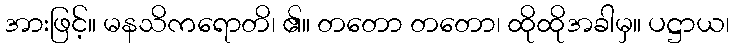
အားဖြင့်။ မနသိကရောတိ၊ ၏။ တတော တတော၊ ထိုထိုအခါမှ။ ပဋ္ဌာယ၊